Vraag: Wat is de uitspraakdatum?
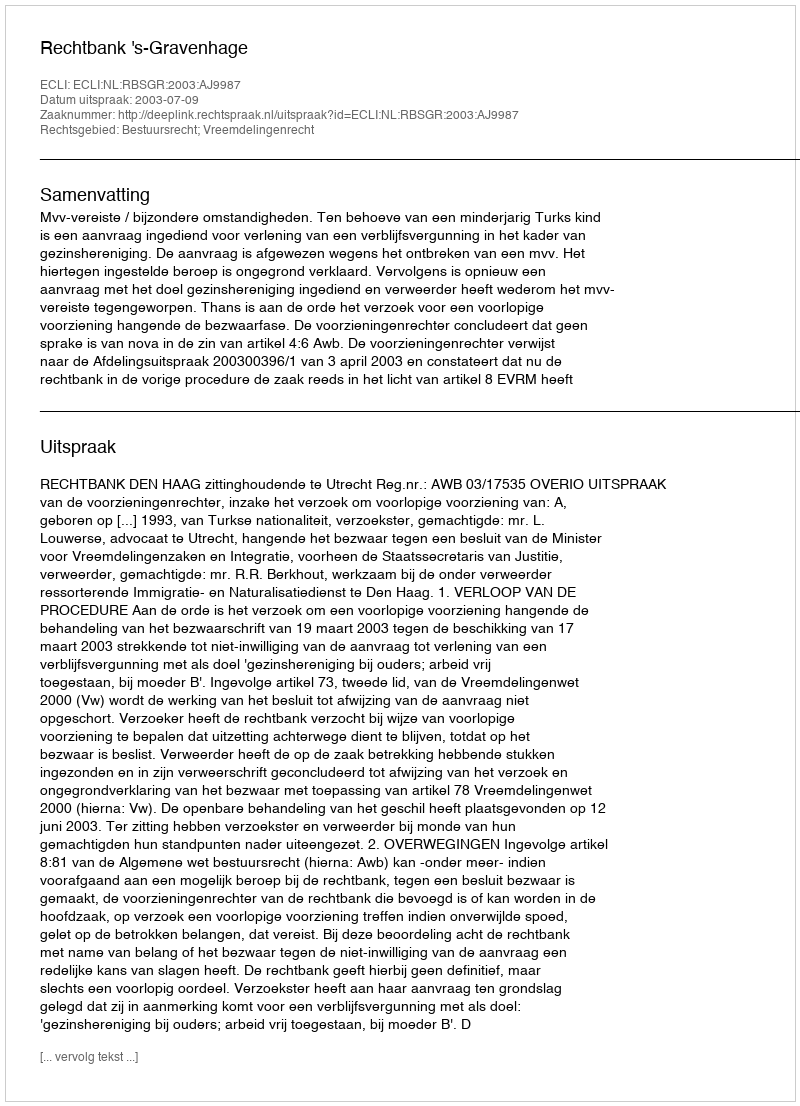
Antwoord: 2003-07-09